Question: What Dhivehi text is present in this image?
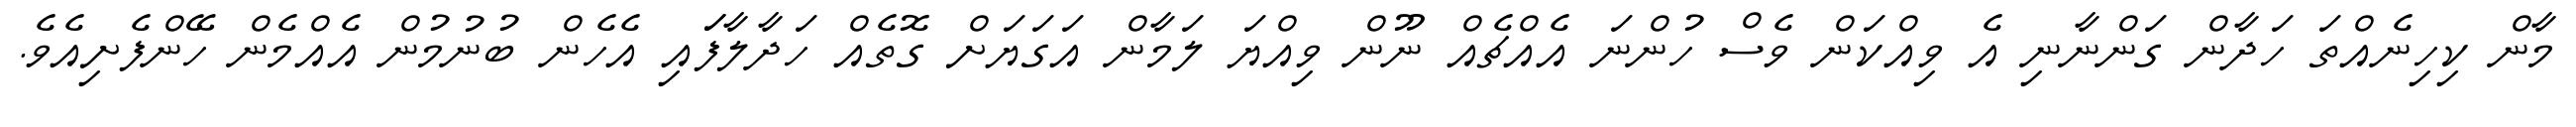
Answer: މާން ކިހިނެއްތަ ހަދާން ގަންނާނި އެ ވިއްކަން ވެސް ހުންނަ އެއްޗެއް ނޫން ވިއްޔަ ލަމާން އަގަޔަށް ގޮތެއް ހަދާލާފަައި އެހެން ބުނުމުން އެއްމެން ހޭންފެށިއެވެ.